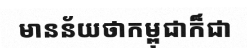
មានន័យថាកម្ពុជាក៏ជា